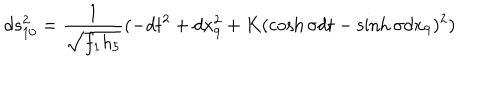
LaTeX: d s _ { 1 0 } ^ { 2 } = \frac { 1 } { \sqrt { f _ { 1 } h _ { 5 } } } ( - d t ^ { 2 } + d x _ { 9 } ^ { 2 } + K ( \cosh \sigma d t - \sinh \sigma d x _ { 9 } ) ^ { 2 } )